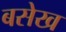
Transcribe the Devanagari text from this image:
बसेख